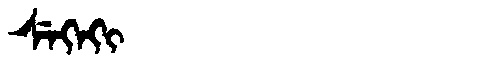
Manchu: ᠰᡝᡴᡝᡴᡳ
Romanization: SEKEKI